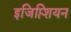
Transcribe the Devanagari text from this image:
इजिप्त्शियन